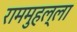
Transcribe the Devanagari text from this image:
राममुहल्ला